Madras plague regulations and rules - Volume 2
Disease focus: Plague
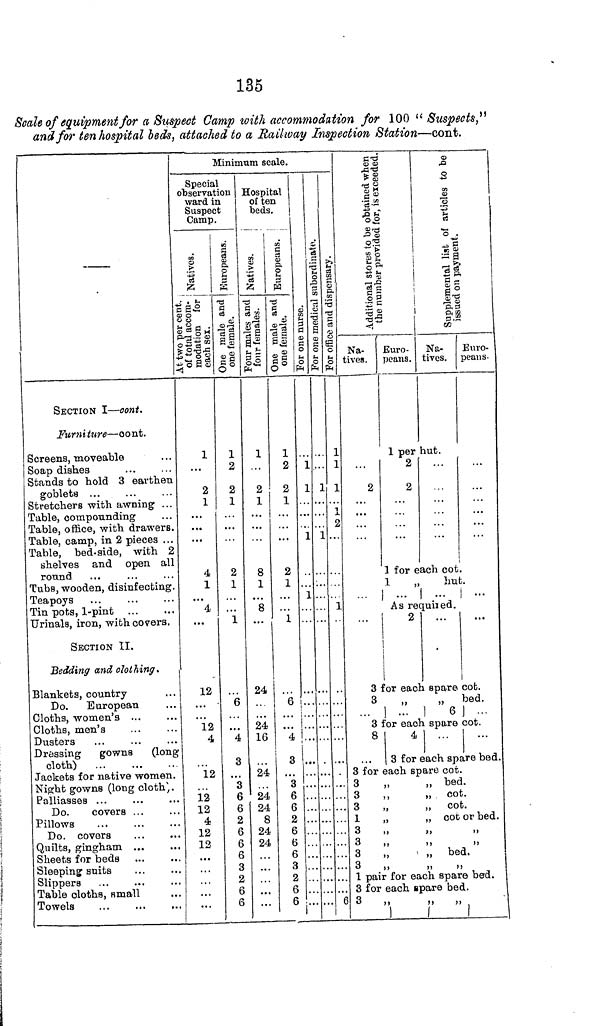
135
Scale of equipment for a Suspect Camp with accommodation for 100 " Suspects,"
and for ten hospital beds, attached to a, Railway Inspection Station—cont.
SECTION I—cont.
Furniture—cont.
Screens, moveable
Soap dishes
Stands to hold 3 earthen
goblets
Stretchers with awning ...
Table, compounding
Table, office, with drawers.
Table, camp, in 2 pieces ...
Table, bed-side, with 2
shelves and open all
round
Tubs, wooden, disinfecting.
Teapoys
Tin pots, 1-pint
Urinals, iron, with covers.
SECTION II.
Bedding and clothing.
Blankets, country
Do. European
Cloths, women's ...
Cloths, men's
Dusters
Dressing
gowns
(long
cloth)
Jackets for native women.
Night gowns (long cloth) .
Palliasses ...
Do.
covers ...
Pillows
Do. covers
Quilts, gingham ...
Sheets for beds
Sleeping suits
Slippers
Table cloths, small
Towels
Minimum scale.
Special
observation
ward in
Suspect
Camp.
Natives.
two cent.
of total accom-
modation for
each sex.
1
2
1
4
1
4
...
12
12
4
12
I 12
12
-i
12
12
...
Europeans.
One male and
one female.
1
2
2
1
2
1
1
6
"4
3
3
6
6
2
6
6
6
3
2
6
6
Hospital
of ten
beds.
Natives.
Four male and
four female.
1
2
1
8
1
8
24
24
16
24
24
24
8
24
24
...
...
...
Europeans.
One male and
one female.
1
2
2
1
2
1
1
For one nurse.
1
1
1
1
6
... i...
4 i
3
...
3
6
6
2
6
6
6
3
2
6
6
...
...
For one medical subordinate.
1
1
...
For office and dispensury.
1
1
1
1
2
1
6
Additional stores to be when
Na-
tives.
the number provided for, is exceeded.
Euro-
peans.
Supplemental list of articles to be
Na-
tives.
issued on payment.
Euro-
peans.
1 per hut.
2
2
2
...
1 for each cot.
1
„
hut.
1
...
...
As required.
2
...
3 for each spare cot.
3
„
„ bed.
...
6 ] ...
3 for each spare cot.
8
4
3 for each spare bed.
3 for each spare cot.
3
„
,,
bed.
3
,,
, cot.
3
„
,,
cot.
1
„
,,
cot or bed.
3
,,
„
3
3
„
,,
bed.
3
,,
1 pair for each spare bed.
3 for each spare bed.
3
,,
,,
,,
]
]